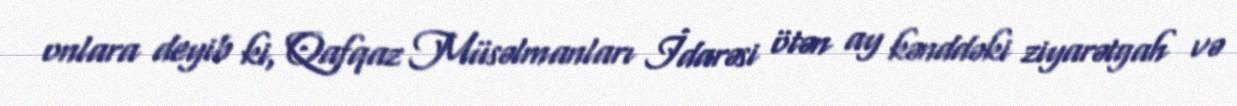
onlara deyib ki, Qafqaz Müsəlmanları İdarəsi ötən ay kənddəki ziyarətgah və